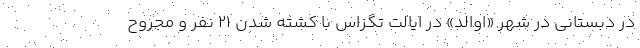
در دبستانی در شهر «اوالد» در ایالت تگزاس با کشته شدن ۲۱ نفر و مجروح